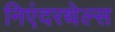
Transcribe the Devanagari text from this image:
निएंदरथेल्स